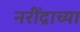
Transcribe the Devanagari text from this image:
नरींद्राच्या